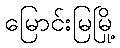
မြောင်းမြမြို့